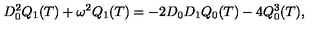
D _ { 0 } ^ { 2 } Q _ { 1 } ( T ) + \omega ^ { 2 } Q _ { 1 } ( T ) = - 2 D _ { 0 } D _ { 1 } Q _ { 0 } ( T ) - 4 Q _ { 0 } ^ { 3 } ( T ) ,